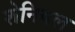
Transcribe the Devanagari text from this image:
शेनियल